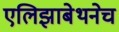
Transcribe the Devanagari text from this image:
एलिझाबेथनेच